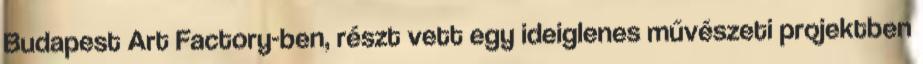
Budapest Art Factory-ben, részt vett egy ideiglenes művészeti projektben